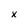
Character: x